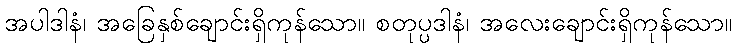
အပါဒါနံ၊ အခြေနှစ်ချောင်းရှိကုန်သော။ စတုပ္ပဒါနံ၊ အလေးချောင်းရှိကုန်သော။